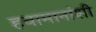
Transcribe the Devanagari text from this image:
हवामानांशी